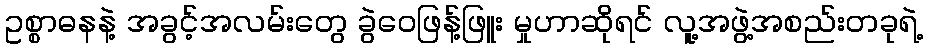
ဥစ္စာဓနနဲ့ အခွင့်အလမ်းတွေ ခွဲဝေဖြန့်ဖြူး မှုဟာဆိုရင် လူ့အဖွဲ့အစည်းတခုရဲ့